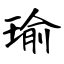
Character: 瑜